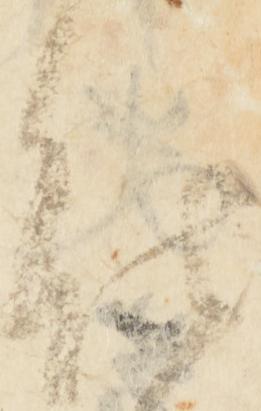
能